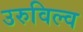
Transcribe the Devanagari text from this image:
उरुविल्व